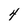
Character: 4